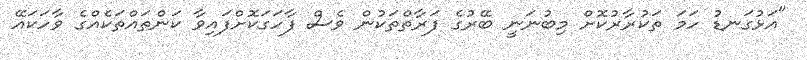
"އަޅުގަނޑު ހަމަ ތަކުރާރުކޮށް މިބުނަނީ ބޭރުގެ ފަރާތްތަކުން ވެސް ފާހަގަކޮށްފައިވާ ކަންތައްތަކެއްގެ ވާހަކައޭ